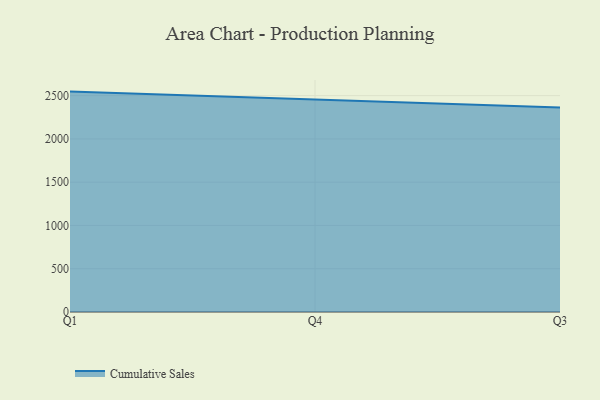
{"axis": {"x": "Quarter", "y": "Page Views"}, "legend": ["Cumulative Sales"], "data": [{"x": "Q1", "y": 2546.7, "type": "Cumulative Sales"}, {"x": "Q4", "y": 2452.4, "type": "Cumulative Sales"}, {"x": "Q3", "y": 2362.1, "type": "Cumulative Sales"}]}